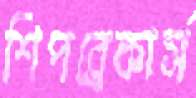
শিপব্রেকার্স